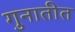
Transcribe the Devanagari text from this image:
गुनातीत